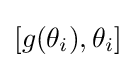
[g(\theta _{i}),\theta _{i}]